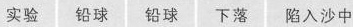
实验 铅球 铅球 下落 陷入沙中